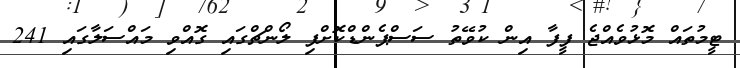
ޓީމުތައް މޮޅުވެއްޖެ ފީފާ އިން ކުވޭތު ސަސްޕެންޑްކޮށްފި ލޯންޗްގައި ގޮއްވި މައްސަލާގައި 241